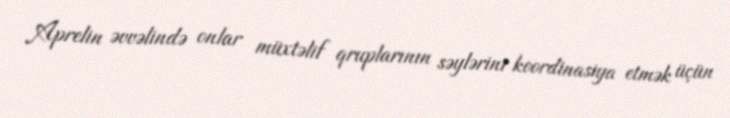
Aprelin əvvəlində onlar müxtəlif qruplarının səylərini koordinasiya etmək üçün